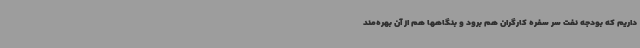
داریم که بودجه نفت سر سفره کارگران هم برود و بنگاهها هم از آن بهره‌مند